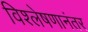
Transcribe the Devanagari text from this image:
विश्लेषणानंतर